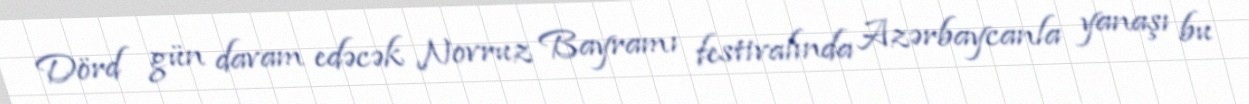
Dörd gün davam edəcək Novruz Bayramı festivalında Azərbaycanla yanaşı bu